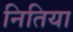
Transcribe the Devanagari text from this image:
नितिया